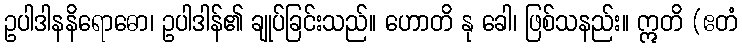
ဥပါဒါနနိရောဓော၊ ဥပါဒါန်၏ ချုပ်ခြင်းသည်။ ဟောတိ နု ခေါ၊ ဖြစ်သနည်း။ ဣတိ (ဧတံ